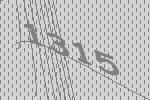
1315